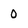
Character: 0